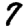
Digit: 7